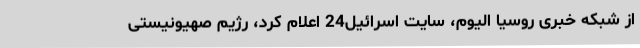
از شبکه خبری روسیا الیوم، سایت اسرائیل24 اعلام کرد، رژیم صهیونیستی